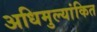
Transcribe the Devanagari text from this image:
अधिमुल्यांकित